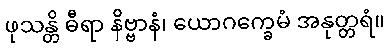
ဖုသန္တိ ဓီရာ နိဗ္ဗာနံ၊ ယောဂက္ခေမံ အနုတ္တရံ။